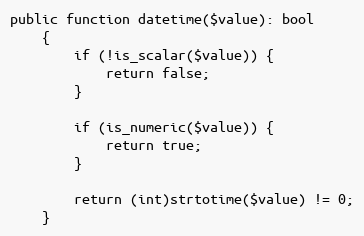
Language: PHP
public function datetime($value): bool
    {
        if (!is_scalar($value)) {
            return false;
        }

        if (is_numeric($value)) {
            return true;
        }

        return (int)strtotime($value) != 0;
    }